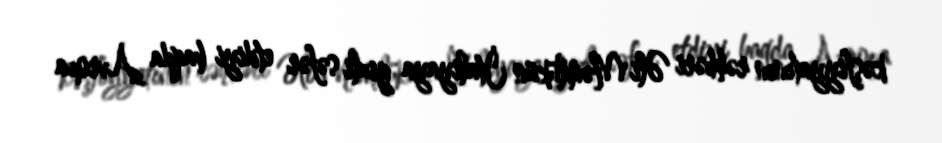
kəşfiyyatının rəhbəri Əli Məmlükün İtaliyaya gizli səfər etdiyi haqda Avropa